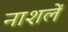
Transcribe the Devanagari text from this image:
नाशलें